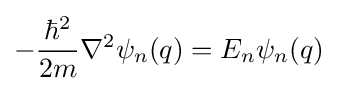
-{\frac {\hbar ^{2}}{2m}}\nabla ^{2}\psi _{n}(q)=E_{n}\psi _{n}(q)